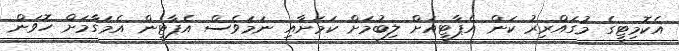
އެކޮމިޓީގެ މުގައްރިރު ކަން އެޕާޓީއަށް ލިބުމަށް ކަމަށާއި ނަމަވެސް އެޕާޓީން އެމަގާމަށް ހޮވަން